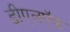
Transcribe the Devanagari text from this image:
डीएलऍफ़